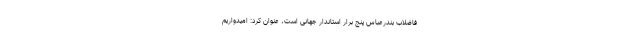
فاضلاب بندرعباس پنج برار استاندار جهانی است، عنوان کرد: امیدواریم